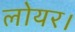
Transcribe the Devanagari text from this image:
लोयर।